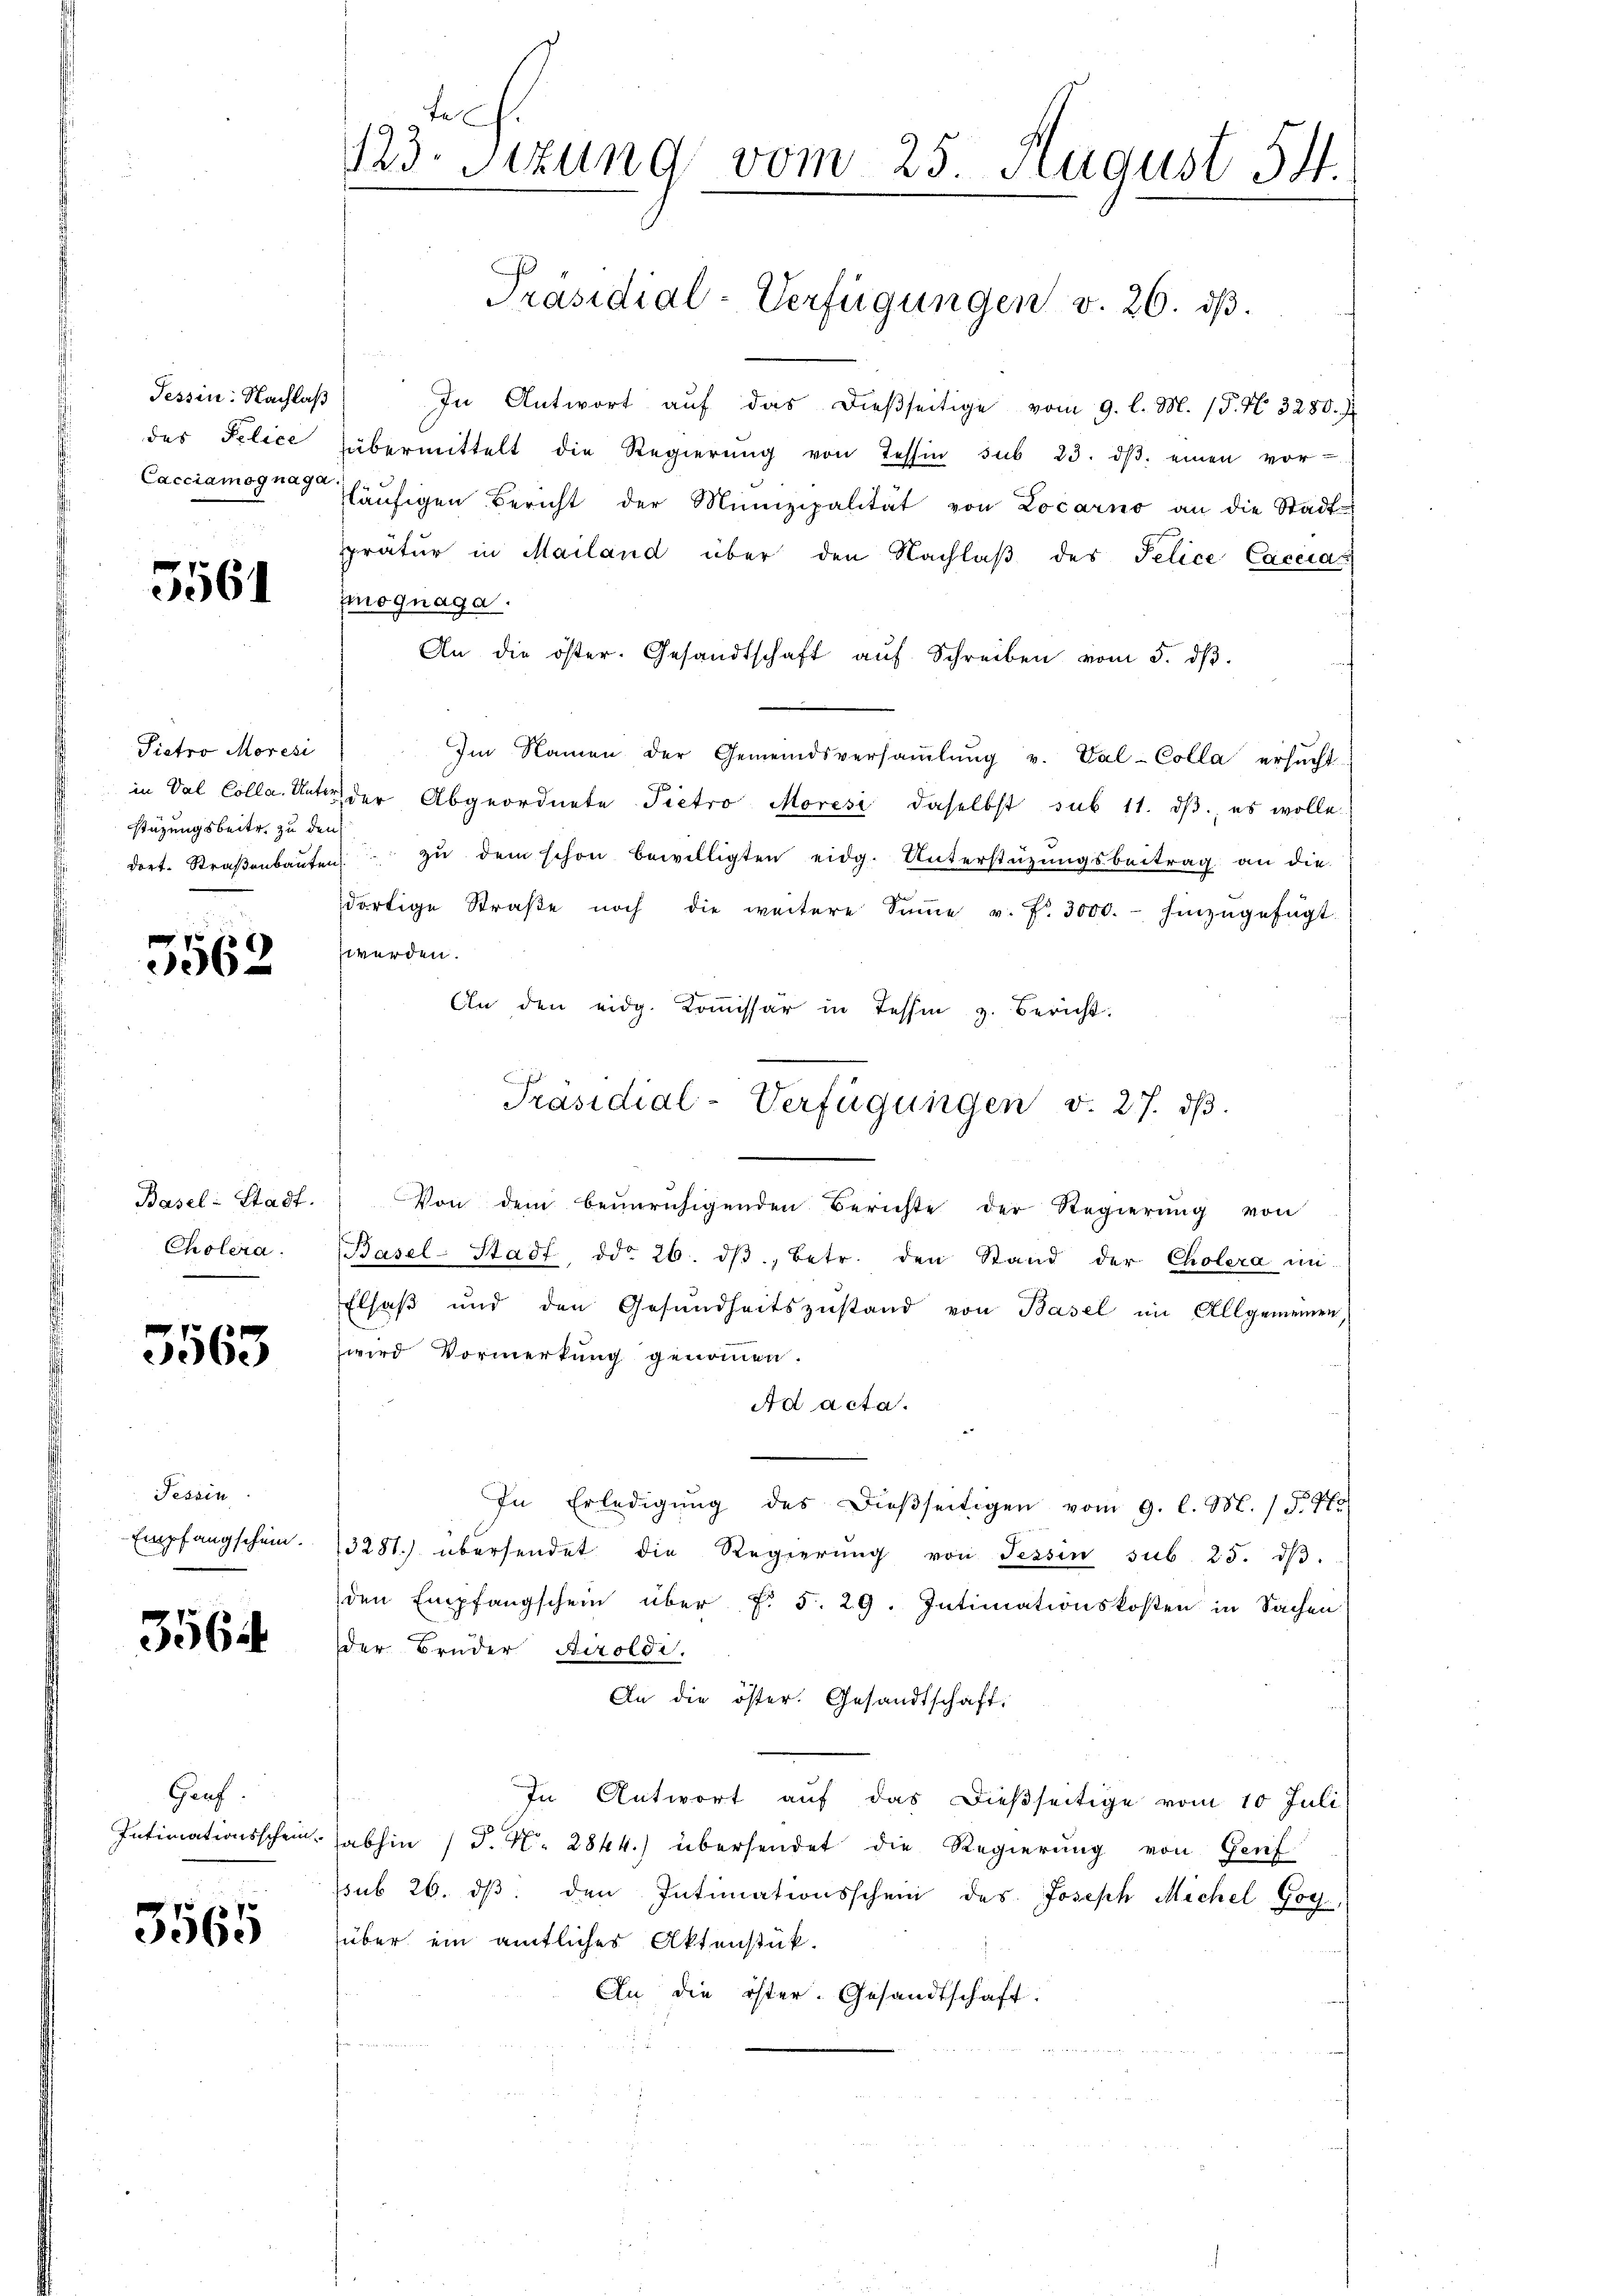
Tessin: Nachlaß

5561

Pietro Moresi
stüzungsbeite zu den

5562

Basel-Stadt.
Cholera.

3563

Tessin
Empfangschein.

3564

Gauf.
Intimationsschein.

3565

123. Sitzung vom 25. August 54.

In Antwort auf das dießseitige vom 9. l. M. (T. N. 3280. J
des Felice übermittelt die Regierŭng von Tessin sub 23. dβ. einen vor-
Cacciamognag läufigen Bericht der Munizipalität von Locarno an die Stadt-
pratur in Mailand über den Nachlaβ des Telice Caccias
mognaga.
An die öster. Gesandtschaft aŭf Schreiben vom 5. dβ.
Im Namen der Gemeindsversaṁlŭng v. Val-Colla ersucht
.
in Val Colla. Unter der Abgeordnete Pietro Moresi daselbst sub 11. dβ, es wolle
dort. Straβenbaŭten zŭ dem schon bewilligten eidg. Unterstützŭngsbeitrag an die
dortige Straβe noch die weitere Sŭṁe v. fr. 3000.- hinzŭgefügt.
werden.
An den eidg. Kommissär in Tessin z. Bericht.
Von dem beunruhigenden Berichte der Regierung von
Basel-Stadt ddo 26. dβ, betr. den Stand der Cholera un
Elsaß und den Gesŭndheitszŭstand von Basel im Allgemeinen,
wird Vormerkung genommen.
Ad acta.
In Erledigŭng des dieβseitigen vom 9. l. M. 15. Po
3281) übersendet die Regierŭng von Tessin sub. 25. dβ.
den Empfangschein über f. 5. 29. Intimationskosten in Sachen
der Bruder Airoldi,
An die öster. Gesandtschaft:
In Antwort auf das dießseitige vom 10 Juli
abhin (T. N. 2844.) übersendet die Regierung von Genf
ssub 26. dβ den Intimationsschein des Joseph Michel Goy,
über ein amtliches Aktenstük-
An die öster. Gesandtschaft.

Präsidial-Verfügungen v. 26. ds.

Präsidial-Verfügungen v. 27. ds.